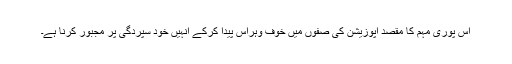
اس پوری مہم کا مقصد اپوزیشن کی صفوں میں خوف وہراس پیدا کرکے انہیں خود سپردگی پر مجبور کرنا ہے۔